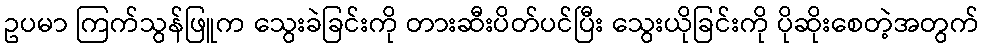
ဥပမာ ကြက်သွန်ဖြူက သွေးခဲခြင်းကို တားဆီးပိတ်ပင်ပြီး သွေးယိုခြင်းကို ပိုဆိုးစေတဲ့အတွက်